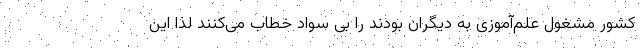
کشور مشغول علم‌آموزی به دیگران بودند را بی سواد خطاب می‌کنند لذا این